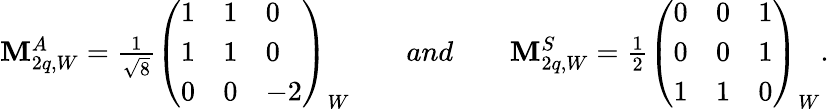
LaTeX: \begin{array}{c}{{{\mathbf M}_{2q,W}^{A}=\frac{1}{\sqrt 8}\left(\begin{array}{lll}{{1}}&{{1}}&{{0}}\\ {{1}}&{{1}}&{{0}}\\ {{0}}&{{0}}&{{-2}}\end{array}\right)_{W}\quad\quad and\quad\quad{\mathbf M}_{2q,W}^{S}=\frac{1}{2}\left(\begin{array}{lll}{{0}}&{{0}}&{{1}}\\ {{0}}&{{0}}&{{1}}\\ {{1}}&{{1}}&{{0}}\end{array}\right)_{W}.}}\end{array}